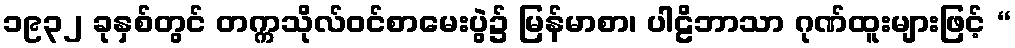
၁၉၃၂ ခုနှစ်တွင် တက္ကသိုလ်ဝင်စာမေးပွဲ၌ မြန်မာစာ၊ ပါဠိဘာသာ ဂုဏ်ထူးများဖြင့် “